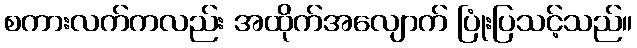
စကားလက်ကလည်း အထိုက်အလျောက် ပြုံးပြသင့်သည်။